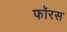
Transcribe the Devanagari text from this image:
फॉरस